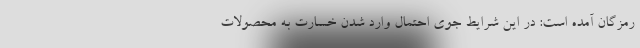
رمزگان آمده است: در این شرایط جوی احتمال وارد شدن خسارت به محصولات